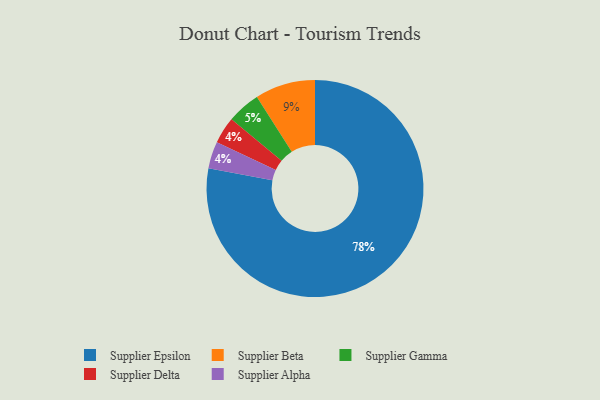
{"axis": {"x": "Category", "y": "Percentage"}, "legend": ["Supplier Alpha", "Supplier Beta", "Supplier Delta", "Supplier Epsilon", "Supplier Gamma"], "data": [{"x": "Supplier Gamma", "y": 5, "type": "Supplier Gamma"}, {"x": "Supplier Delta", "y": 4, "type": "Supplier Delta"}, {"x": "Supplier Epsilon", "y": 78, "type": "Supplier Epsilon"}, {"x": "Supplier Alpha", "y": 4, "type": "Supplier Alpha"}, {"x": "Supplier Beta", "y": 9, "type": "Supplier Beta"}]}